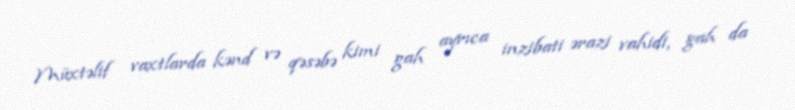
Müxtəlif vaxtlarda kənd və qəsəbə kimi gah ayrıca inzibati ərazi vahidi, gah da